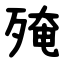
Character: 殗